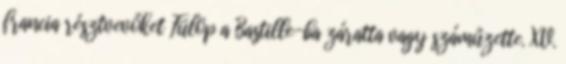
francia résztvevőket Fülöp a Bastille-ba záratta vagy száműzette. XV.